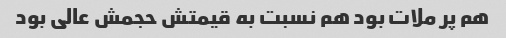
هم پر ملات بود هم نسبت به قیمتش حجمش عالی بود